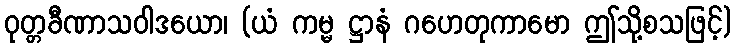
ဝုတ္တခီဏာသဝါဒယော၊ (ယံ ကမ္မ ဋ္ဌာနံ ဂဟေတုကာမော ဤသို့စသဖြင့်)